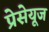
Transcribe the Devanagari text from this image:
प्रेसेयूज